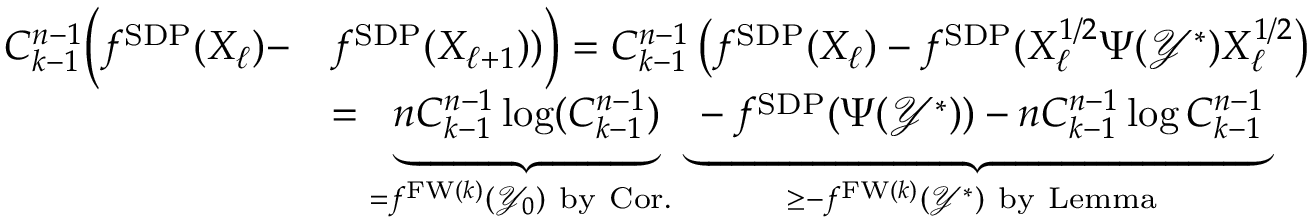
\begin{array} { r l } { { C _ { k - 1 } ^ { n - 1 } } \Big ( f ^ { \mathrm { S D P } } ( X _ { \ell } ) - } & { f ^ { \mathrm { S D P } } ( X _ { \ell + 1 } ) ) \Big ) = { C _ { k - 1 } ^ { n - 1 } } \left( f ^ { \mathrm { S D P } } ( X _ { \ell } ) - f ^ { \mathrm { S D P } } ( X _ { \ell } ^ { 1 / 2 } \Psi ( \mathcal { Y } ^ { \ast } ) X _ { \ell } ^ { 1 / 2 } \right) } \\ & { = \underbrace { n { C _ { k - 1 } ^ { n - 1 } } \log ( { C _ { k - 1 } ^ { n - 1 } } ) } _ { = f ^ { \mathrm { F W } ( k ) } ( \mathcal { Y } _ { 0 } ) \mathrm { ~ b y ~ C o r . ~ } } \underbrace { - f ^ { \mathrm { S D P } } ( \Psi ( \mathcal { Y } ^ { \ast } ) ) - n { C _ { k - 1 } ^ { n - 1 } } \log { C _ { k - 1 } ^ { n - 1 } } } _ { \ge - f ^ { \mathrm { F W } ( k ) } ( \mathcal { Y } ^ { \ast } ) \mathrm { ~ b y ~ L e m m a ~ } } } \end{array}